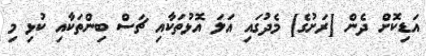
އަޑިކޮށް ދެން [ރަށުގެ] މެދުގައި އަލަ އޮޅުތަކާއި ޗަސް ބިންތަކާއި ކުޅި މި